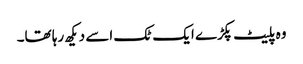
وہ پلیٹ پکڑے ایک ٹک اسے دیکھ رہا تھا۔